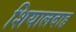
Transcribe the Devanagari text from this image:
शियालदाह